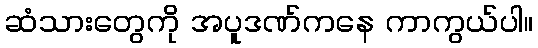
ဆံသားတွေကို အပူဒဏ်ကနေ ကာကွယ်ပါ။